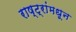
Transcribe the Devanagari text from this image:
राष्ट्रांमधून